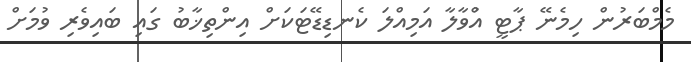
މެމްބަރުން ހިމެނޭ ޕާޓީ އުްވާލާ އަމިއްލަ ކެނޑިޑޭޓަކަށް އިންތިޚާބު ގައި ބައިވެރި ވުމަށް